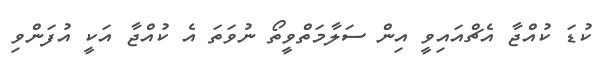
ކުޑަ ކުއްޖާ އެޗްއައިވީ އިން ސަލާމަތްވީތޯ ނުވަތަ އެ ކުއްޖާ އަކީ އުފަންވި